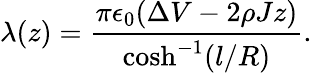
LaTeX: \lambda(z)=\frac{\pi\epsilon_{0}(\Delta V-2\rho Jz)}{\cosh^{-1}(l/R)}.